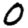
Digit: 0